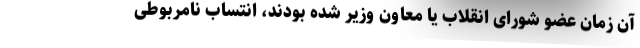
آن زمان عضو شورای انقلاب یا معاون وزیر شده بودند، انتساب نامربوطی